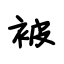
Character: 被